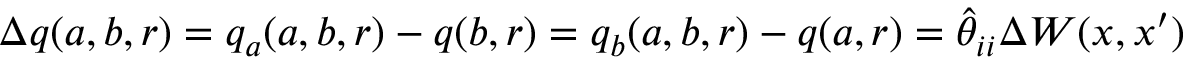
\Delta q ( a , b , r ) = q _ { a } ( a , b , r ) - q ( b , r ) = q _ { b } ( a , b , r ) - q ( a , r ) = \hat { \theta } _ { i i } \Delta W ( x , x ^ { \prime } )